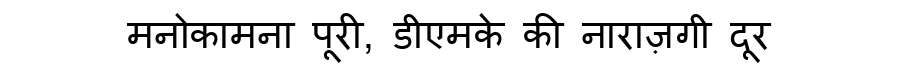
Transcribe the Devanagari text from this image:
मनोकामना पूरी, डीएमके की नाराज़गी दूर